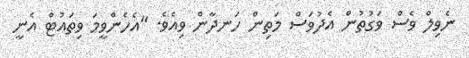
ނެވިލް ވެސް ވަގުތުން އެދުވަސް މަތިން ހަނދާން ވިއެވެ. "އެހެންވީމަ ވިތައުޓް އެނީ